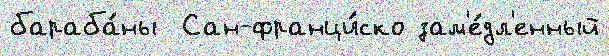
бараба́ны  Сан-франци́ско зам'е́дл'енный